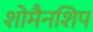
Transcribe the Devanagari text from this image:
शोमैनशिप